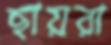
ছায়রা